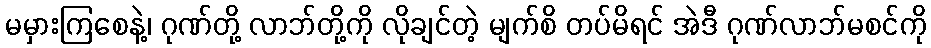
မမှားကြစေနဲ့၊ ဂုဏ်တို့ လာဘ်တို့ကို လိုချင်တဲ့ မျက်စိ တပ်မိရင် အဲဒီ ဂုဏ်လာဘ်မစင်ကို